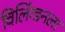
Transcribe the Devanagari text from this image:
विलिंग्डनला